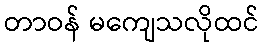
တာဝန် မကျေသလိုထင်